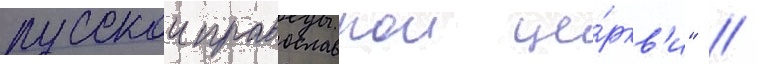
русскои православнои це́ркв'и" //